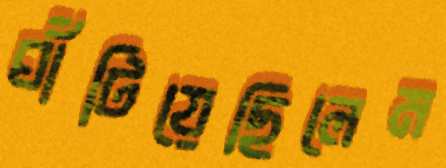
ঘাঁটিয়েছিলেম